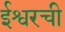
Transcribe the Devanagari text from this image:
ईश्वरची